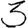
Digit: 3